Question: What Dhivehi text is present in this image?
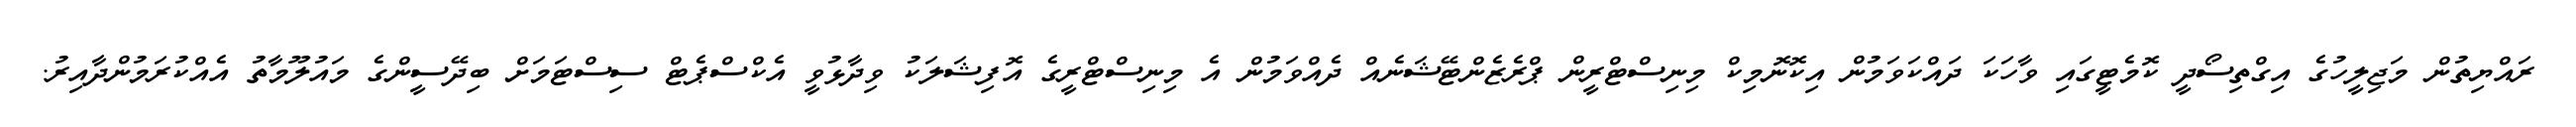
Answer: ރައްޔިތުން މަޖިލީހުގެ އިގްތިސޯދީ ކޮމެޓީގައި ވާހަކަ ދައްކަވަމުން އިކޮނޮމިކް މިނިސްޓްރީން ޕްރެޒެންޓޭޝަނެއް ދެއްވަމުން އެ މިނިސްޓްރީގެ އޮފިޝަލަކު ވިދާޅުވީ އެކްސްޕެޓް ސިސްޓަމަށް ބިދޭސީންގެ މައުލޫމާތު އެއްކުރަމުންދާއިރު.